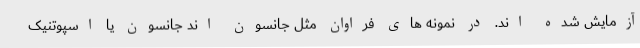
آزمایش شده اند. در نمونه های فراوان مثل جانسون اند جانسون یا اسپوتنیک